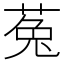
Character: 菟